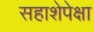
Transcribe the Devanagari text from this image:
सहाशेपेक्षा